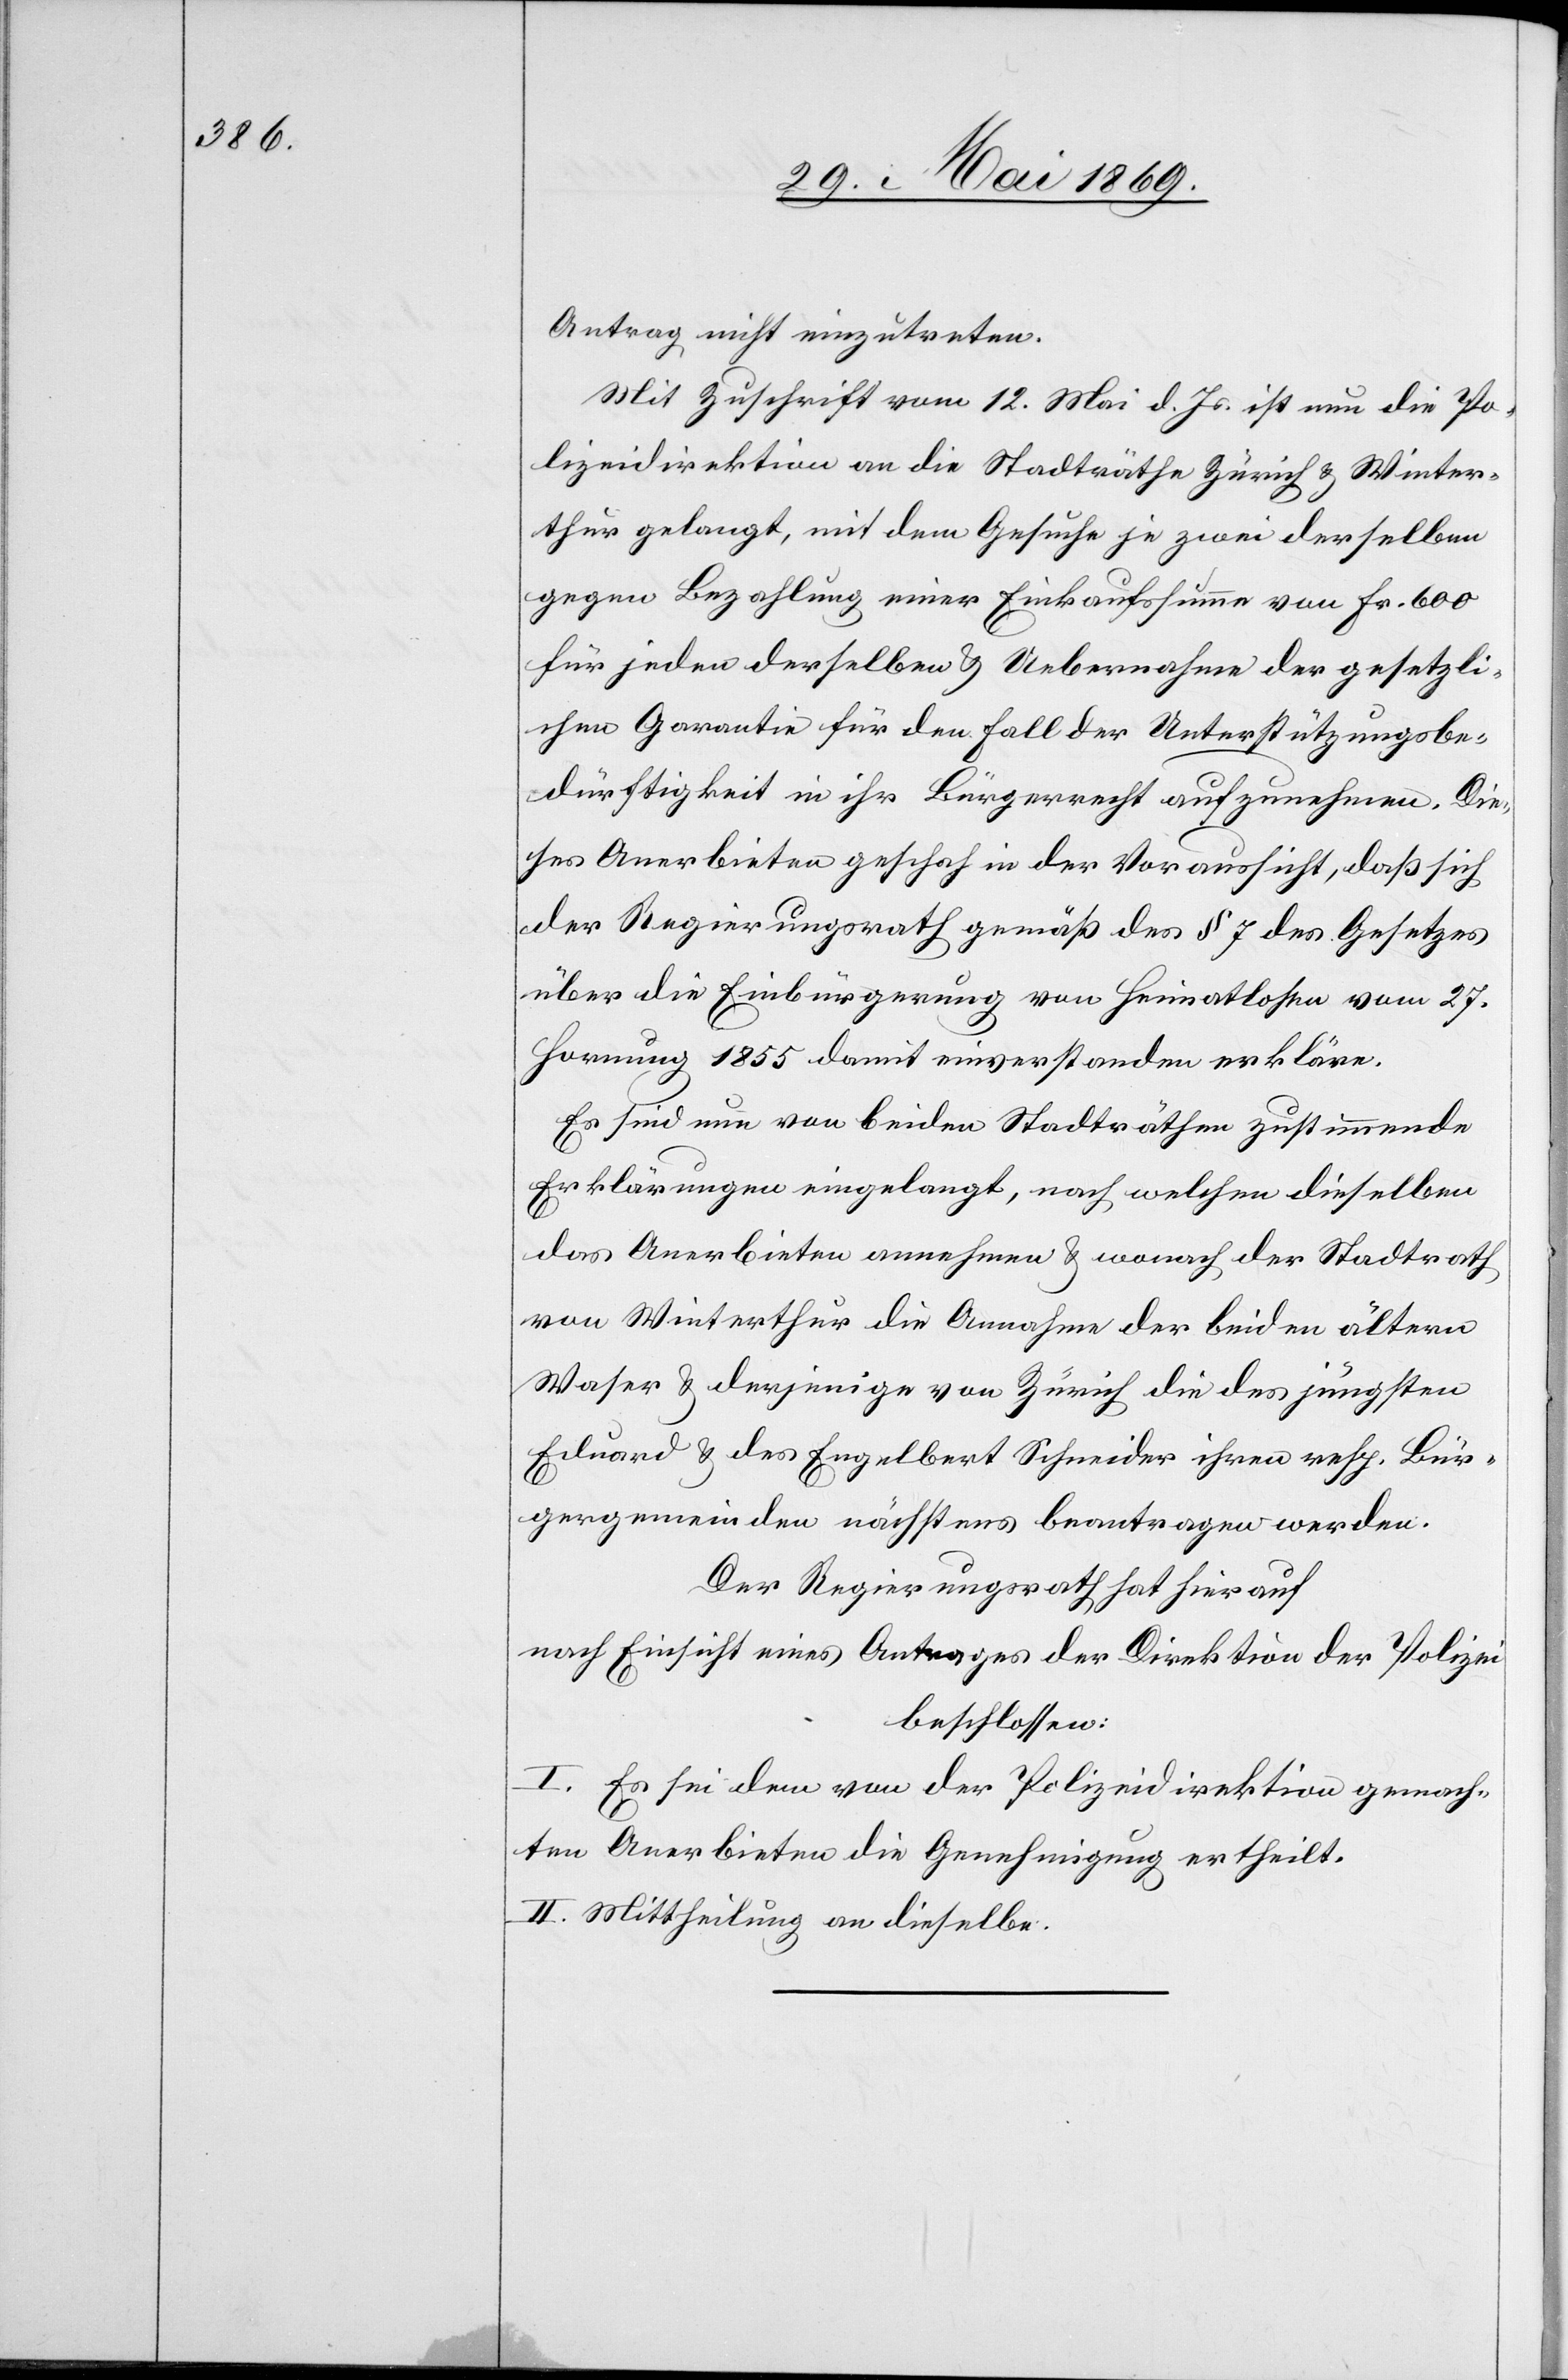
Antrag nicht einzutreten.
Mit Zuschrift vom 12. Mai d. Js. ist nun die Po¬
lizeidirektion an die Stadträthe Zürich u. Winter¬
thur gelangt, mit dem Gesuche je zwei derselben
gegen Bezahlung einer Einkaufssumme von Fr. 600
für jeden derselben u. Uebernahme der gesetzli¬
chen Garantie für den Fall der Unterstützungsbe¬
dürftigkeit in ihr Bürgerrecht aufzunehmen. Die¬
ses Anerbieten geschah in der Voraussicht, daß sich
der Regierungsrath gemäß des § 7 des Gesetzes
über die Einbürgerung von Heimatlosen vom 27.
Hornung 1855 damit einverstanden erkläre.
Es sind nun von beiden Stadträthen zustimmende
Erklärungen eingelangt, nach welchen dieselben
das Anerbieten annehmen u. wonach der Stadtrath
von Winterthur die Annahme der beiden ältern
Waser u. derjenige von Zürich die des jüngsten
Eduard u. des Engelbert Schneider ihren resp. Bür¬
gergemeinden nächstens beantragen werden.
Der Regierungsrath hat hierauf
nach Einsicht eines Antrages der Direktion der Polizei
beschlossen:
I. Es sei dem von der Polizeidirektion gemach¬
ten Anerbieten die Genehmigung ertheilt.
II. Mittheilung an dieselbe.